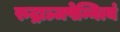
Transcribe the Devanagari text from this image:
रुद्राञ्जपेन्नित्यं